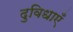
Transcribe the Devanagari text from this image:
दुविधाएँ